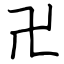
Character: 卍